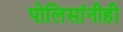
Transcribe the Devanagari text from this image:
पोलिसांनीही